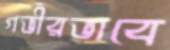
গভীরভাবে